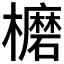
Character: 𣟖